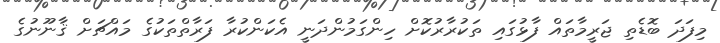
މިފަދަ ބޮޑެތި ޖަރީމާތައް ފާޅުގައި ތަކުރާރުކޮށް ހިންގަމުންދަނީ އެކަންކުރާ ފަރާތްތަކުގެ މައްޗަށް ޤާނޫނުގެ